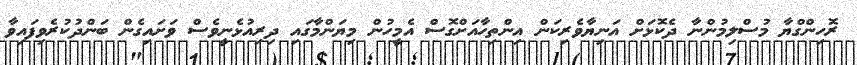
ރޮހިންގްޔާ މުސްލިމުންނާ ދެކޮޅަށް އަނިޔާވެރިކަން އިންތިހާއަށްގޮސް އެމީހުން މިޔަންމާގައި ދިރިއުޅެނީވެސް ވަށައިގެން ބަންދުކުރެވިފައިވާ